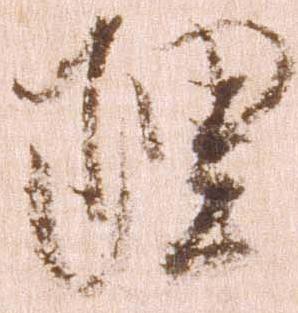
理